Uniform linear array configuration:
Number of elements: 64
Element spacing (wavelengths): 0.5
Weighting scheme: blackman
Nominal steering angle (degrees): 15
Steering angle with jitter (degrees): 13.308
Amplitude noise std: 0.05
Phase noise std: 0.05

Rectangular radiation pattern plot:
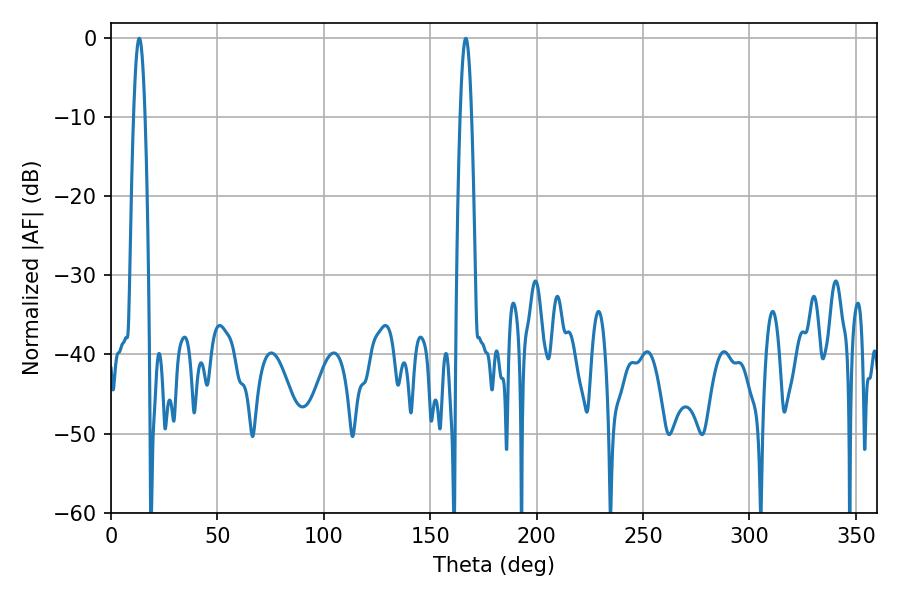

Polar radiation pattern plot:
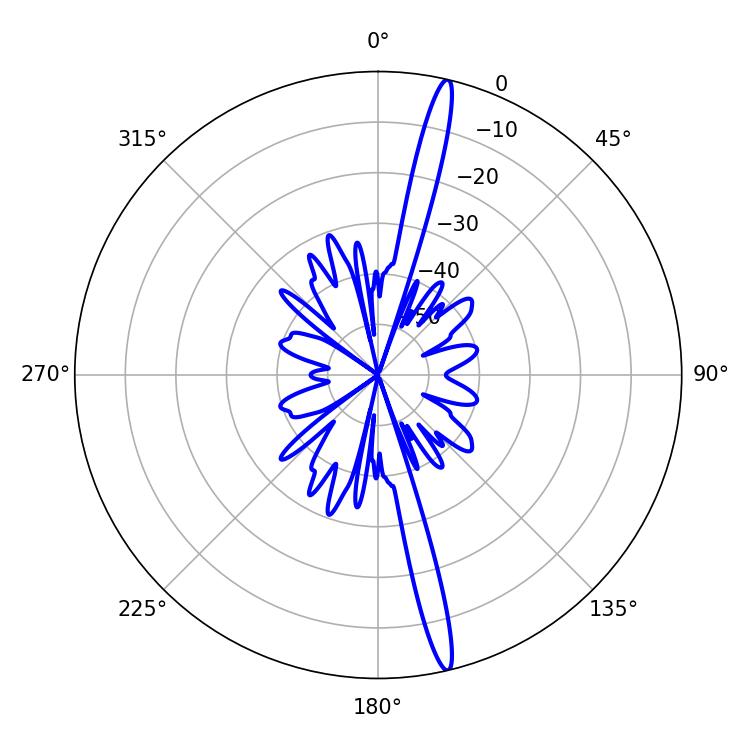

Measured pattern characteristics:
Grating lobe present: FALSE
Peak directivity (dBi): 18.895
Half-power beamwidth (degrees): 2.88
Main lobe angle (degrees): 166.68